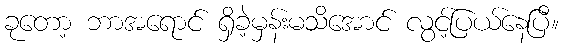
ခုတော့ ဘာအရောင် ရှိခဲ့မှန်းမသိအောင် လွင့်ပြယ်နေပြီ။